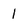
Character: l